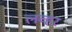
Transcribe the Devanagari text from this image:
लव्हर